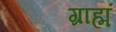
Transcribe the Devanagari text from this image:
ग्राह्मं